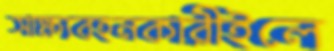
সাক্ষ্যবহনকারীইলে